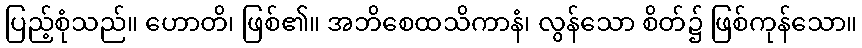
ပြည့်စုံသည်။ ဟောတိ၊ ဖြစ်၏။ အဘိစေထသိကာနံ၊ လွန်သော စိတ်၌ ဖြစ်ကုန်သော။